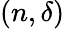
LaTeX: (n,\delta)